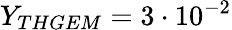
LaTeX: Y_{THGEM}=3\cdot 10^{-2}